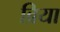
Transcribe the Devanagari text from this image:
ब्रिया